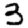
Digit: 3